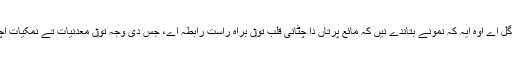
انہاں دی صورت حال وچ جو دلچسپ گل اے اوہ ایہ کہ نمونے بتاندے نيں کہ مائع پرتاں دا چٹانی قلب تو‏ں براہ راست رابطہ اے، جس دی وجہ تو‏ں معدنیات تے نمکیات اچھی طرح تو‏ں پانی وچ مل سکدی نيں۔